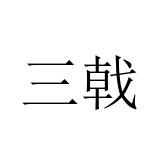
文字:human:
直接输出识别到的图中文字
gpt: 三戟